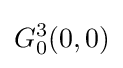
G_{0}^{3}(0,0)